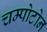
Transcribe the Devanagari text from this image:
चम्पोटोन